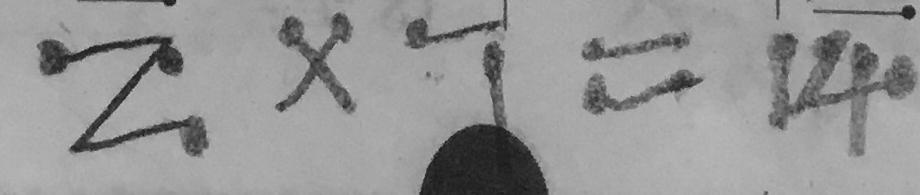
2 \times 7 = 1 4